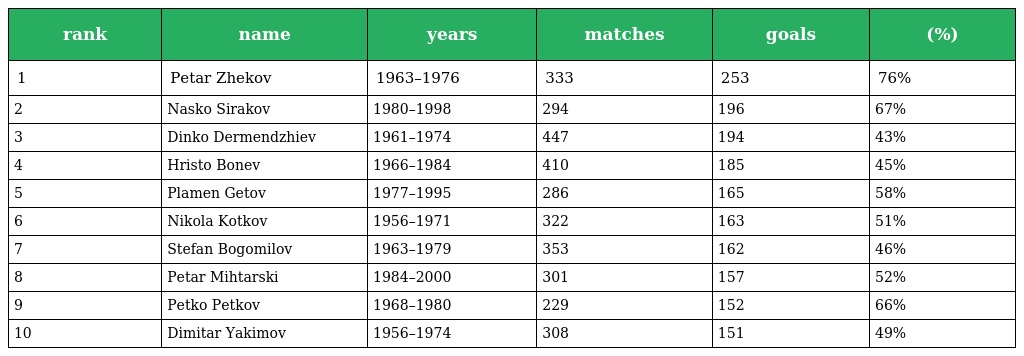
| rank | name | years | matches | goals | (%) |
 | --- | --- | --- | --- | --- | --- |
 | 1 | Petar Zhekov | 1963–1976 | 333 | 253 | 76% |
 | 2 | Nasko Sirakov | 1980–1998 | 294 | 196 | 67% |
 | 3 | Dinko Dermendzhiev | 1961–1974 | 447 | 194 | 43% |
 | 4 | Hristo Bonev | 1966–1984 | 410 | 185 | 45% |
 | 5 | Plamen Getov | 1977–1995 | 286 | 165 | 58% |
 | 6 | Nikola Kotkov | 1956–1971 | 322 | 163 | 51% |
 | 7 | Stefan Bogomilov | 1963–1979 | 353 | 162 | 46% |
 | 8 | Petar Mihtarski | 1984–2000 | 301 | 157 | 52% |
 | 9 | Petko Petkov | 1968–1980 | 229 | 152 | 66% |
 | 10 | Dimitar Yakimov | 1956–1974 | 308 | 151 | 49% |